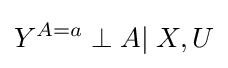
Y^{A=a}\perp A|\;X,U